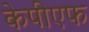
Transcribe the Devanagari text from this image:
केपीएफ